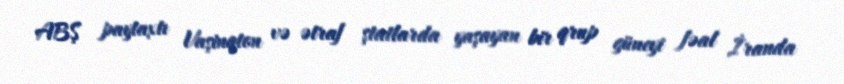
ABŞ paytaxtı Vaşinqton və ətraf ştatlarda yaşayan bir qrup güneyi fəal İranda